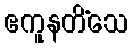
ဧကူနတိံသေ